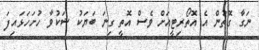
ނަގާ ގޮތުން އެ އޮތޯރިޓީއަށް ވެސް އޮތީ ގިނަ ބަޔަކު ޝަކުވާ ހުށަހަޅައިފަ